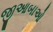
જીઆબાઓ